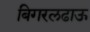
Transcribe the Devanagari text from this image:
बिगरलढाऊ